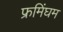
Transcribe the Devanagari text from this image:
फ्रमिंघम